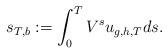
LaTeX: \begin{align*}s_{T,b}:=\int_0^TV^{s}u_{g,h,T}ds.\end{align*}